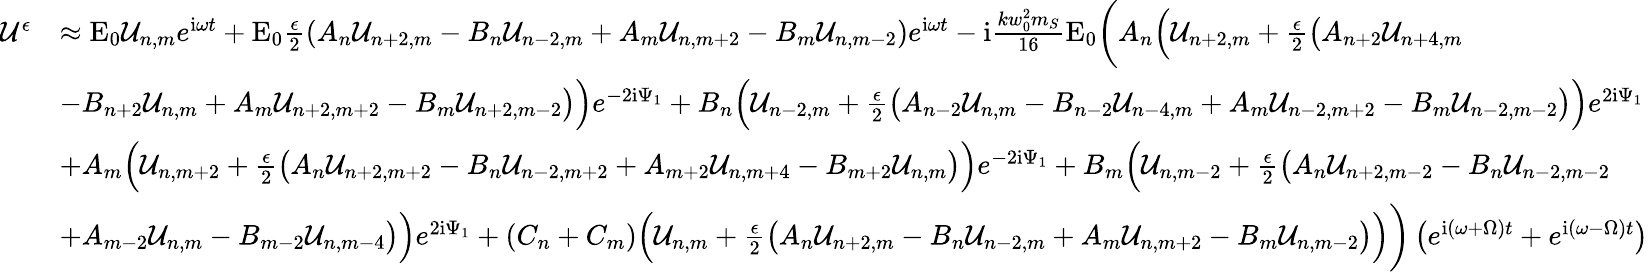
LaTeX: \begin{array}{rl}{\mathcal{U}^{\epsilon}}&{\approx\mathrm{E}_{0}\mathcal{U}_{n,m}e^{\mathrm{i}\omega t}+\mathrm{E}_{0}\frac{\epsilon}{2}\left(A_{n}\mathcal{U}_{n+2,m}-B_{n}\mathcal{U}_{n-2,m}+A_{m}\mathcal{U}_{n,m+2}-B_{m}\mathcal{U}_{n,m-2}\right)e^{\mathrm{i}\omega t}-\mathrm{i}\frac{kw_{0}^{2}m_{S}}{16}\mathrm{E}_{0}\bigg(A_{n}\Big(\mathcal{U}_{n+2,m}+\frac{\epsilon}{2}\big(A_{n+2}\mathcal{U}_{n+4,m}}\\ &{-B_{n+2}\mathcal{U}_{n,m}+A_{m}\mathcal{U}_{n+2,m+2}-B_{m}\mathcal{U}_{n+2,m-2}\big)\Big)e^{-2\mathrm{i}\Psi_{1}}+B_{n}\Big(\mathcal{U}_{n-2,m}+\frac{\epsilon}{2}\big(A_{n-2}\mathcal{U}_{n,m}-B_{n-2}\mathcal{U}_{n-4,m}+A_{m}\mathcal{U}_{n-2,m+2}-B_{m}\mathcal{U}_{n-2,m-2}\big)\Big)e^{2\mathrm{i}\Psi_{1}}}\\ &{+A_{m}\Big(\mathcal{U}_{n,m+2}+\frac{\epsilon}{2}\big(A_{n}\mathcal{U}_{n+2,m+2}-B_{n}\mathcal{U}_{n-2,m+2}+A_{m+2}\mathcal{U}_{n,m+4}-B_{m+2}\mathcal{U}_{n,m}\big)\Big)e^{-2\mathrm{i}\Psi_{1}}+B_{m}\Big(\mathcal{U}_{n,m-2}+\frac{\epsilon}{2}\big(A_{n}\mathcal{U}_{n+2,m-2}-B_{n}\mathcal{U}_{n-2,m-2}}\\ &{+A_{m-2}\mathcal{U}_{n,m}-B_{m-2}\mathcal{U}_{n,m-4}\big)\Big)e^{2\mathrm{i}\Psi_{1}}+\left(C_{n}+C_{m}\right)\Big(\mathcal{U}_{n,m}+\frac{\epsilon}{2}\big(A_{n}\mathcal{U}_{n+2,m}-B_{n}\mathcal{U}_{n-2,m}+A_{m}\mathcal{U}_{n,m+2}-B_{m}\mathcal{U}_{n,m-2}\big)\Big)\bigg)\left(e^{\mathrm{i}(\omega+\Omega)t}+e^{\mathrm{i}(\omega-\Omega)t}\right)}\end{array}